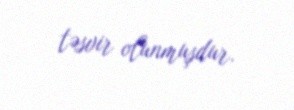
təsvir olunmuşdur.